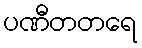
ပဏီတတရေ